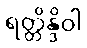
ရတ္တိန္ဒိဝါ